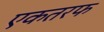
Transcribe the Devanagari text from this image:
एकतरफ